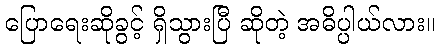
ပြောရေးဆိုခွင့် ရှိသွားပြီ ဆိုတဲ့ အဓိပ္ပါယ်လား။